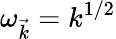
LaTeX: \omega_{\vec{k}}=k^{1/2}